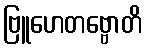
ဗြူဟေတဗ္ဗောတိ